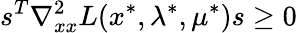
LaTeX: s^{T}\nabla_{xx}^{2}L(x^{*},\lambda^{*},\mu^{*})s\geq 0